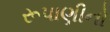
રૂપાણીનો